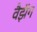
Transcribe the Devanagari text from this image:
वैझॅग